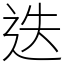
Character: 迭